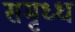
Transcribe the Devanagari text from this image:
समृध्ध